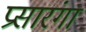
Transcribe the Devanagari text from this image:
प्रसारंगा